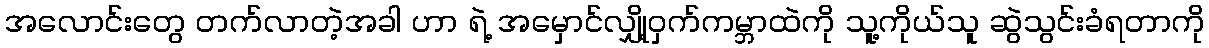
အလောင်းတွေ တက်လာတဲ့အခါ ဟာ ရဲ့ အမှောင်လျှို့ဝှက်ကမ္ဘာထဲကို သူ့ကိုယ်သူ ဆွဲသွင်းခံရတာကို